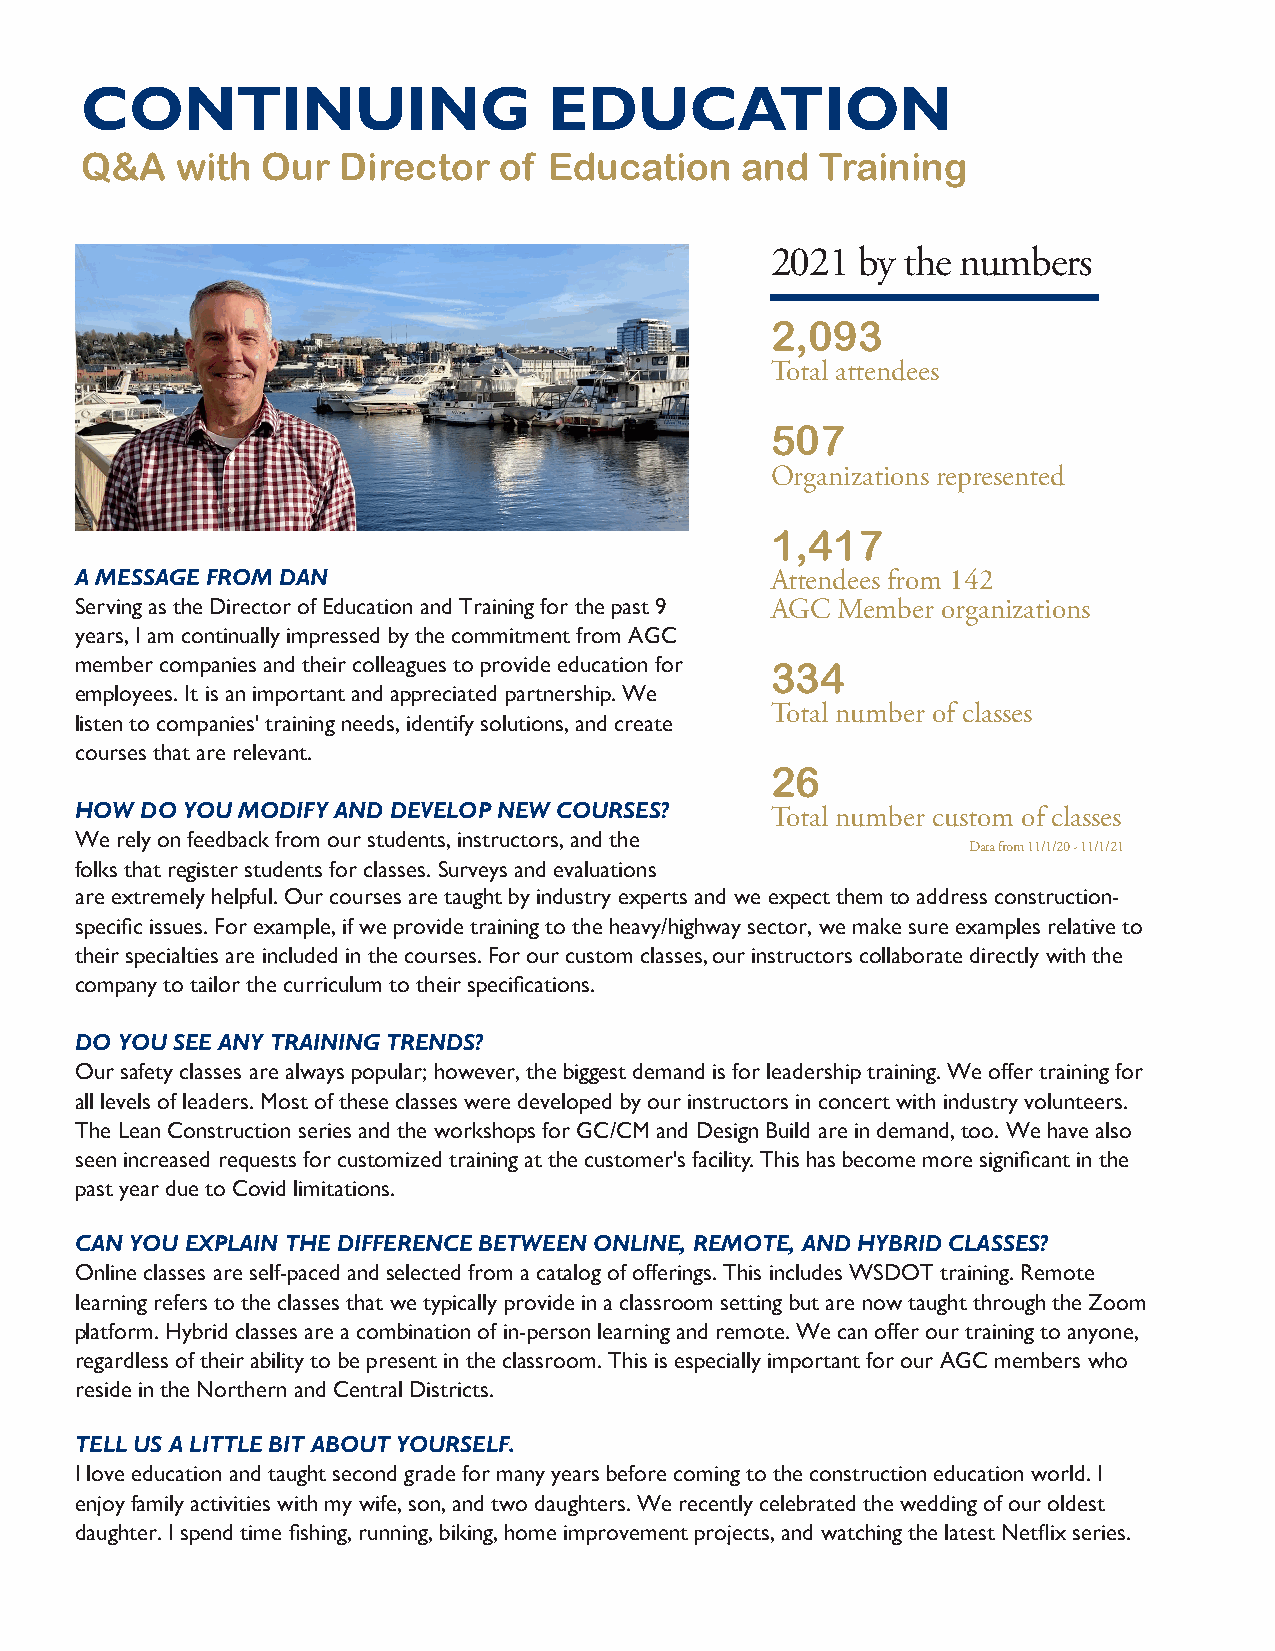
CONTINUING                     EDUCATION
 Q&A    with Our  Director   of Education    and  Training
 2021  by the numbers
 2,093
 Total attendees
 507
 Organizations represented
 1,417
 A MESSAGE FROM DAN                            Attendees from 142
 Serving as the Director of Education and Training for the past 9 AGC Member organizations
 years, I am continually impressed by the commitment from AGC
 member companies and their colleagues to provide education for 334
 employees. It is an important and appreciated partnership. We
 Total number of classes
 listen to companies' training needs, identify solutions, and create
 courses that are relevant.
 26
 HOW DO YOU MODIFY AND DEVELOP NEW COURSES?    Total number custom of classes
 We rely on feedback from our students, instructors, and the
 Data from 11/1/20 - 11/1/21
 folks that register students for classes. Surveys and evaluations
 are extremely helpful. Our courses are taught by industry experts and we expect them to address construction-
 specific issues. For example, if we provide training to the heavy/highway sector, we make sure examples relative to
 their specialties are included in the courses. For our custom classes, our instructors collaborate directly with the
 company to tailor the curriculum to their specifications.
 DO YOU SEE ANY TRAINING TRENDS?
 Our safety classes are always popular; however, the biggest demand is for leadership training. We offer training for
 all levels of leaders. Most of these classes were developed by our instructors in concert with industry volunteers.
 The Lean Construction series and the workshops for GC/CM and Design Build are in demand, too. We have also
 seen increased requests for customized training at the customer's facility. This has become more significant in the
 past year due to Covid limitations.
 CAN YOU EXPLAIN THE DIFFERENCE BETWEEN ONLINE, REMOTE, AND HYBRID CLASSES?
 Online classes are self-paced and selected from a catalog of offerings. This includes WSDOT training. Remote
 learning refers to the classes that we typically provide in a classroom setting but are now taught through the Zoom
 platform. Hybrid classes are a combination of in-person learning and remote. We can offer our training to anyone,
 regardless of their ability to be present in the classroom. This is especially important for our AGC members who
 reside in the Northern and Central Districts.
 TELL US A LITTLE BIT ABOUT YOURSELF.
 I love education and taught second grade for many years before coming to the construction education world. I
 enjoy family activities with my wife, son, and two daughters. We recently celebrated the wedding of our oldest
 daughter. I spend time fishing, running, biking, home improvement projects, and watching the latest Netflix series.